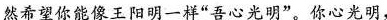
然希望你能像王阳明一样”吾心光明”。你心光明，